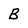
Character: B